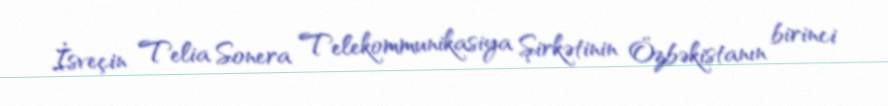
İsveçin Telia Sonera Telekommunikasiya Şirkətinin Özbəkistanın birinci